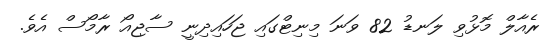
ރެއާލް މޮޅުވި ލަނޑު 82 ވަނަ މިނިޓްގައި ޖަހައިދިނީ ސާޖިއޯ ރާމޯސް އެވެ.